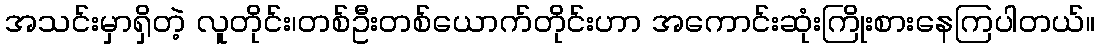
အသင်းမှာရှိတဲ့ လူတိုင်း၊တစ်ဦးတစ်ယောက်တိုင်းဟာ အကောင်းဆုံးကြိုးစားနေကြပါတယ်။